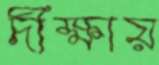
দীক্ষায়